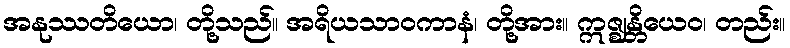
အနုဿတိယော၊ တို့သည်။ အရိယသာဝကာနံ၊ တို့အား။ ဣဇ္ဈန္တိယေဝ၊ တည်း။